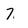
Character: 7